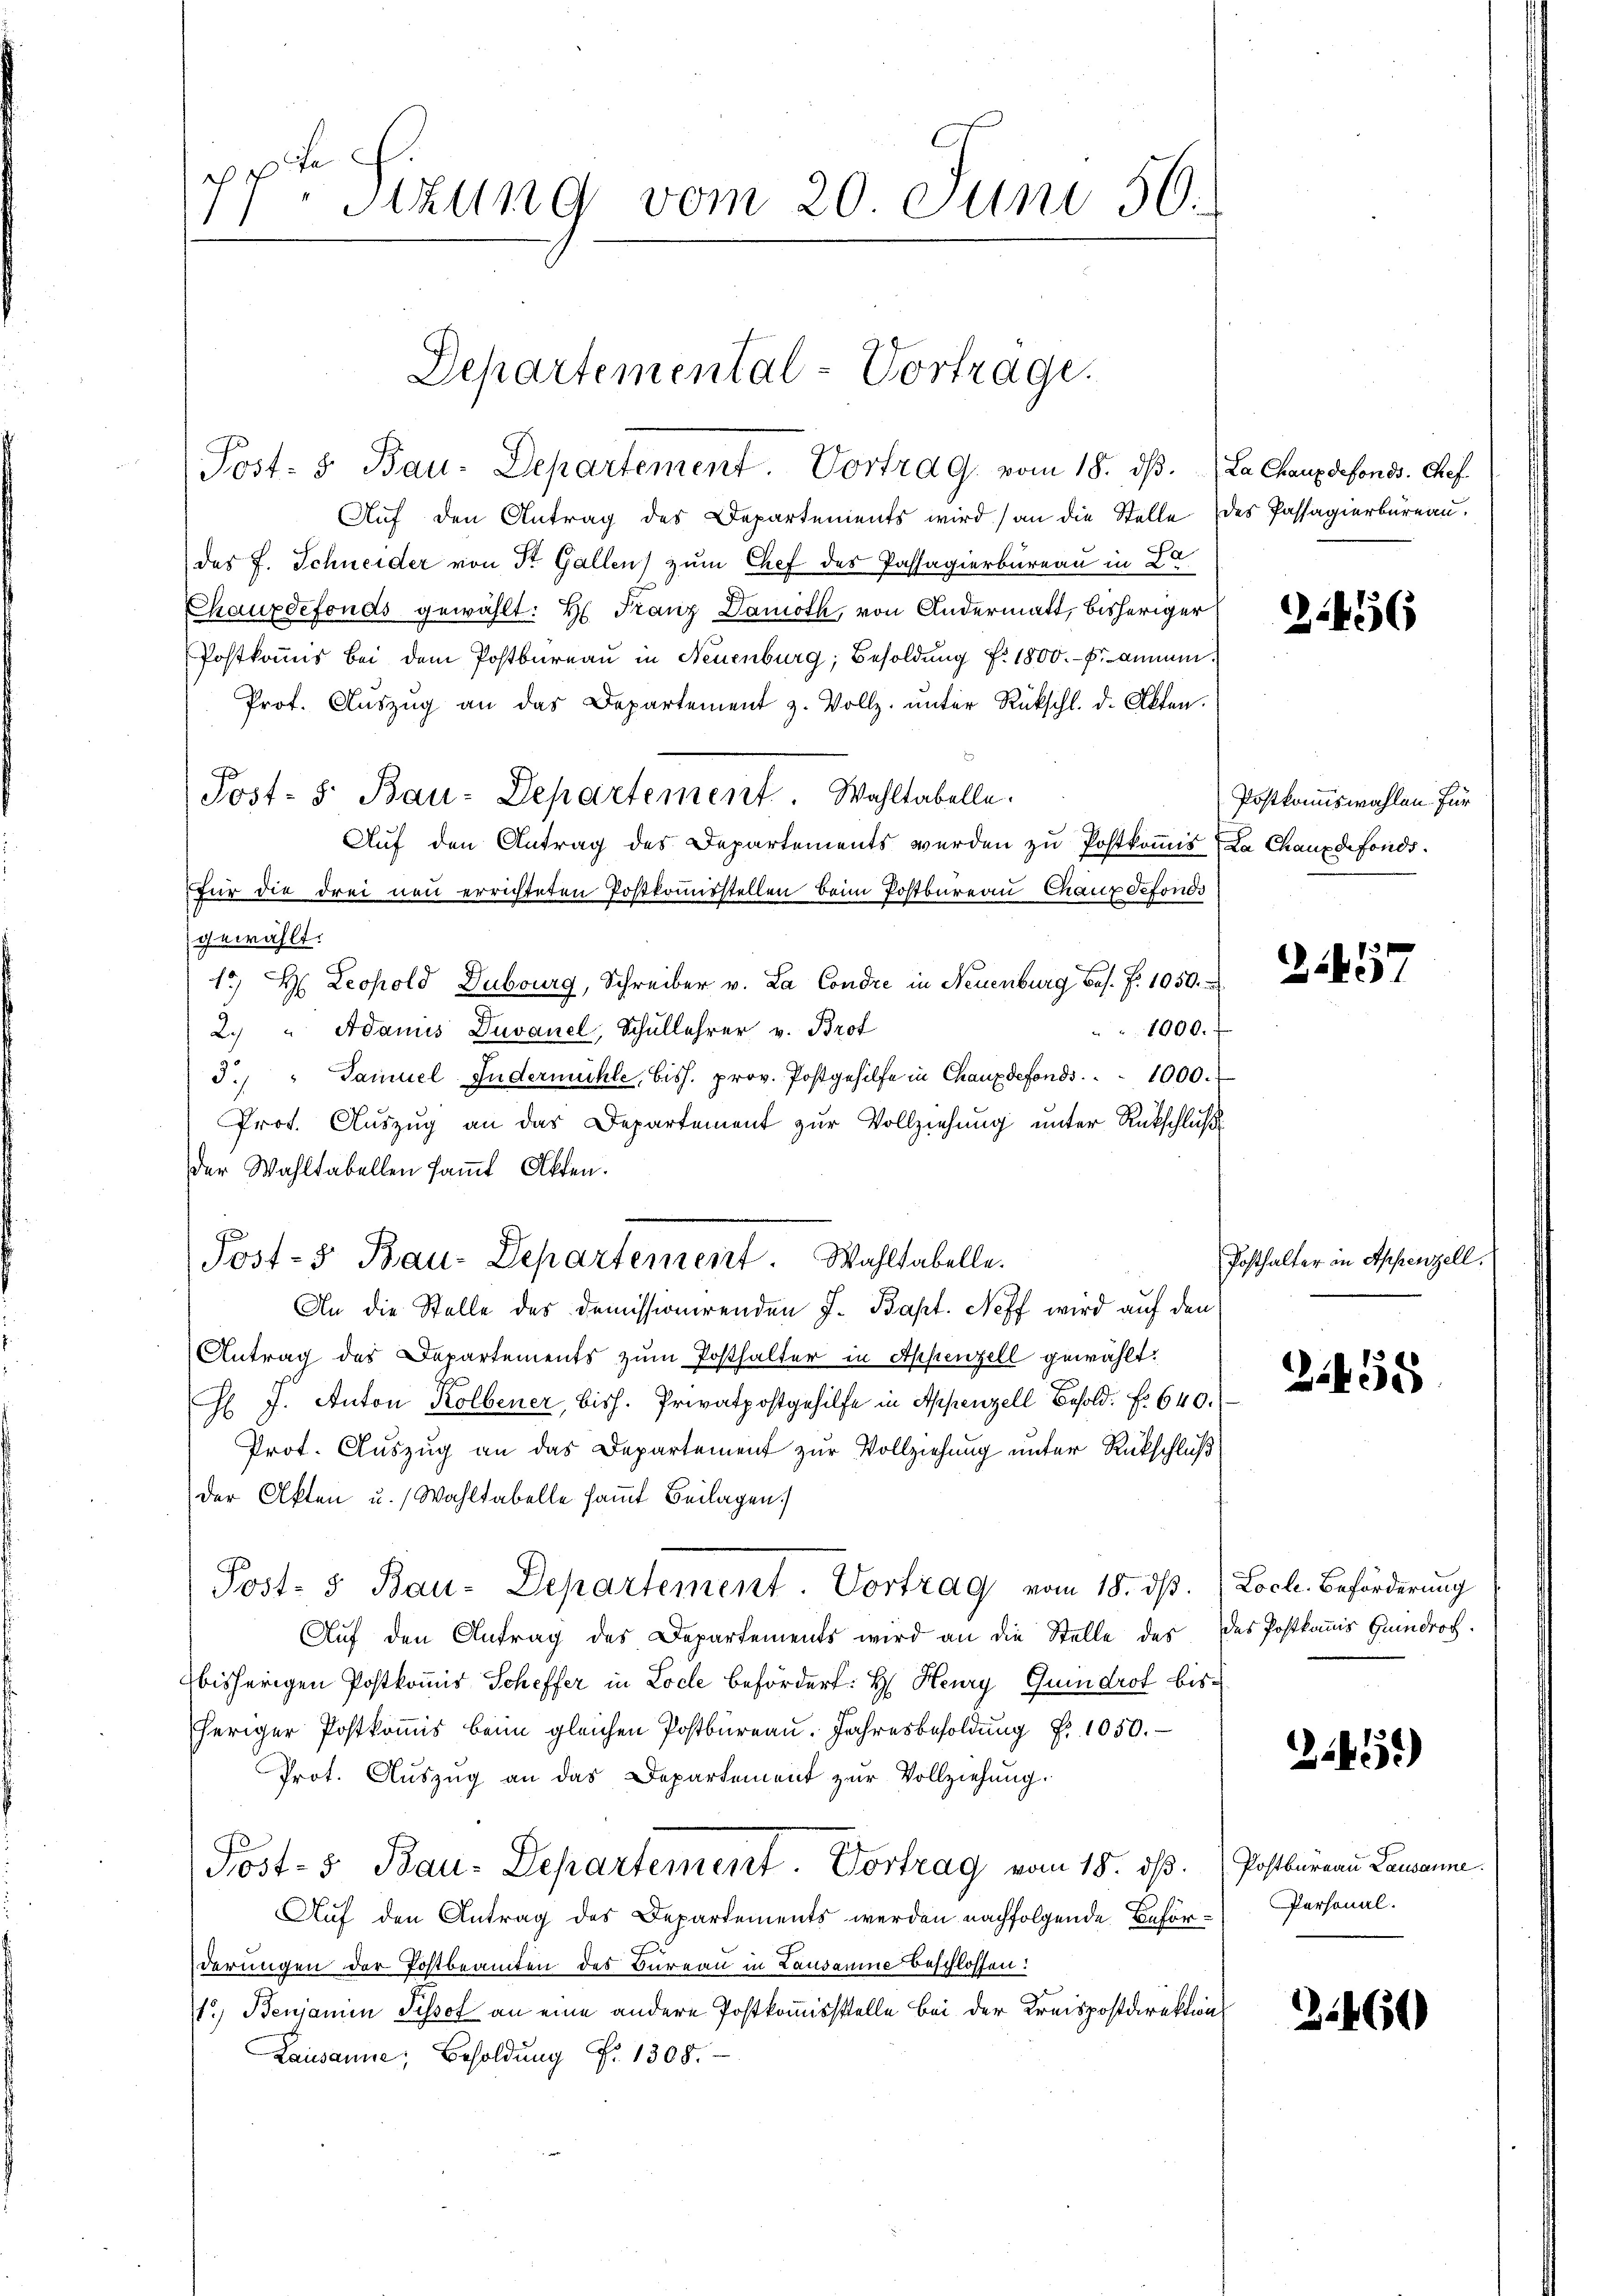
c te
Stzung vom 20 Juni 56.

Post- & Bau-Departement. Vortrag vom 18. dβ. La Chaux defonds. Chef
Auf den Antrag des Departements wird) an die Stelle des Passagierbureau.
des J. Schneider von St. Gallen) zum Chef des Passagierbureau in Da
Chauxdefonds gewählt: H. Franz Damoth, von Andermatt, bisheriger
Postkommis bei dem Postbureau in Neuenburg, Besoldung f. 1800.- prommen.
Prof. Aŭszŭg an das Departement z. Vollz. ŭnter Rückschl. d. Akten.
Post- 5. Bau-Departement. Wahltabelle.
Auf den Antrag des Departements werden zu Postkomis, La Chaux de fonds.
für die drei neu errichteten Postkoṁisstellen beim Postbureau Chaux sefonds
gewählt.
15 H. Leopold Dubourg, Schreiber v. La Condre in Neuenburg bes. f. 1050.
1000.
2. " Adanis Duvanel, Schullehrer v. Brot
3. " Samuel Indermühle, biss. prov. Postgehilfe in Chauxdefonds. . . 1000.
Prot. Auszug an das Departement zur Vollziehung unter Rückschlußder Wahltabellen samt Otten.
e
An die Stelle des Demissionirenden J. Bapt. Neff wird auf den
Antrag des Departements zŭm Posthalter in Appenzell gewählt:
 J. Anton Kolbener, bish. Privatpostgehilfe in Appenzell Besold. f. 640.
Prot. Auszug an das Departement zur Vollziehung unter Rückschluß
der Akten u. Wahltabelle sammt Beilagen
Post- & Bau-Departement. Vortrag vom 18. ds. Loch. Beförderung
Auf den Antrag des Departements wird an die Stelle des des Postkommis Heindrath.
bisherigen Postkommis Scheffer in Loche befördert: H. Heury Guidrol bisheriger Postkommis beim gleichen Postbüreau. Jahresbesoldung Fr. 1050.
Prot. Auszug an das Departement zur Vollziehung.
Post- & Bau-Departement. Vortrag vom 15. dß. Postbureau Lausanne
Auf den Antrag des Departements werden nachfolgende Beförderungen der Postbeamten des Bureau in Lausamme beschlossen:
.) Benjamin Pissot an eine andere Postkommissstelle bei der Kreispostdirektions
Lausanne, Besoldung Nr. 1308.

Departemental-Vortrage.

Jost- 5. Bau-Departement. Wahltabelle.

2.456

Postkommiswahlen. Für

3457

Posthalter in Appenzell.

21458

21451)

Personal.

3460